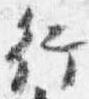
行